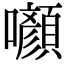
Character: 㘖